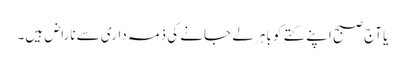
یا آج صبح اپنے کتے کو باہر لے جانے کی ذمہ داری سے ناراض ہیں۔